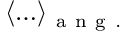
\langle \ldots \rangle _ { \mathrm { ~ a ~ n ~ g ~ . ~ } }